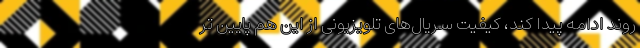
روند ادامه پیدا کند، کیفیت سریال‌های تلویزیونی از این هم پایین تر